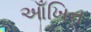
આઁખિન